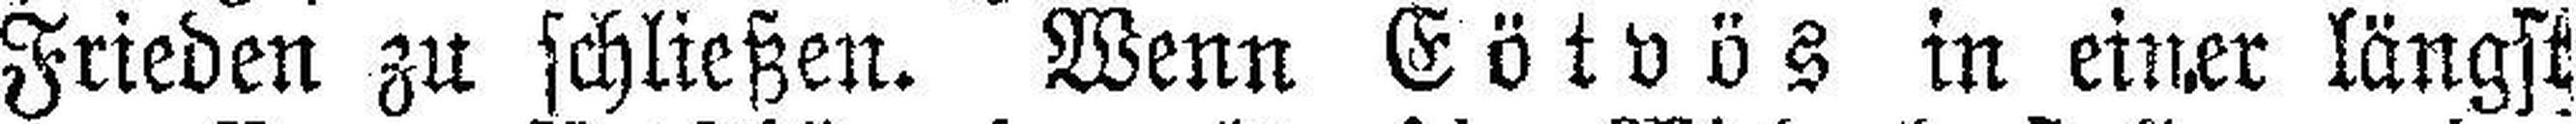
Frieden zu schließen. Wenn Eötvös in einer längst